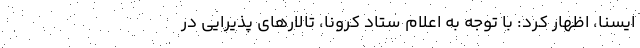
ایسنا، اظهار کرد: با توجه به اعلام ستاد کرونا، تالارهای پذیرایی در